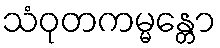
သံဝုတကမ္မန္တော